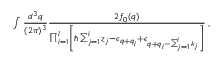
\begin{array} { r } { \int \frac { d ^ { 3 } q } { ( 2 \pi ) ^ { 3 } } \frac { 2 f _ { 0 } ( \boldsymbol { q } ) } { \prod _ { i = 1 } ^ { l } \left[ \hbar \sum _ { j = 1 } ^ { i } z _ { j } - \epsilon _ { \boldsymbol { q } + \boldsymbol { q } _ { i } } + \epsilon _ { \boldsymbol { q } + \boldsymbol { q } _ { i } - \sum _ { j = 1 } ^ { i } \boldsymbol { k } _ { j } } \right] } \, , } \end{array}